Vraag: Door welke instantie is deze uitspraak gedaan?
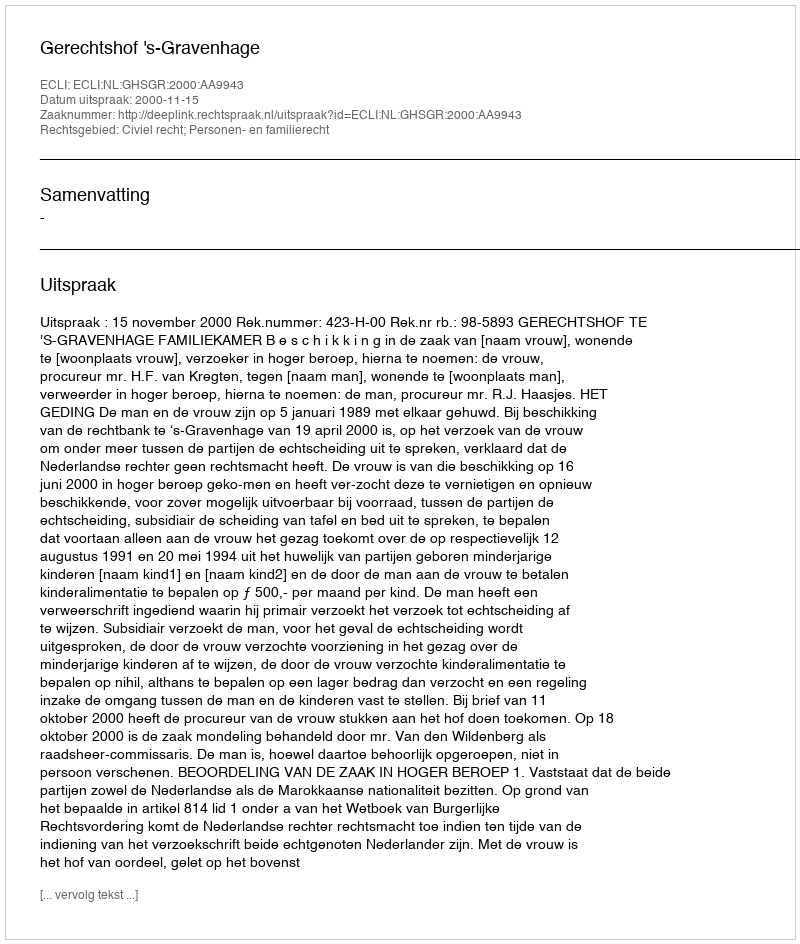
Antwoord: Gerechtshof 's-Gravenhage